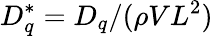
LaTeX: D_{q}^{*}=D_{q}/(\rho VL^{2})